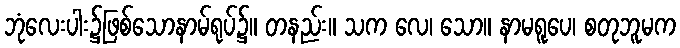
ဘုံလေးပါး၌ဖြစ်သောနာမ်ရုပ်၌။ တနည်း။ သက လေ၊ သော။ နာမရူပေ၊ စတုဘူမက